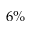
6 \%